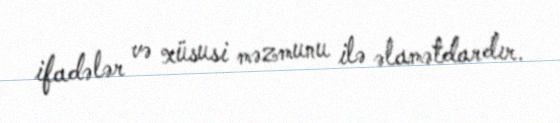
ifadələr və xüsusi məzmunu ilə əlamətdardır.